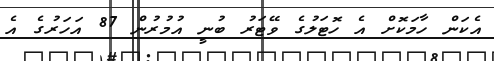
އެކަން ހާމަކޮށް އެ ހޮޓަލުގެ ވޭޓަރު ބުނީ އުމުރުން 87 އަހަރުގެ އެ